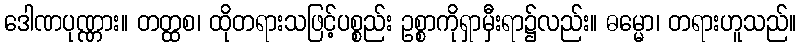
ဒေါဏပုဏ္ဏား။ တတ္ထစ၊ ထိုတရားသဖြင့်ပစ္စည်း ဥစ္စာကိုရှာမှီးရာ၌လည်း။ ဓမ္မော၊ တရားဟူသည်။